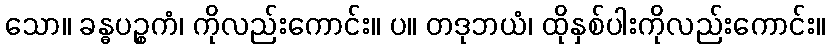
သော။ ခန္ဓပဉ္စကံ၊ ကိုလည်းကောင်း။ ပ။ တဒုဘယံ၊ ထိုနှစ်ပါးကိုလည်းကောင်း။